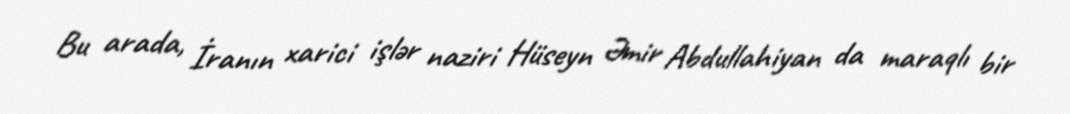
Bu arada, İranın xarici işlər naziri Hüseyn Əmir Abdullahiyan da maraqlı bir